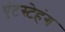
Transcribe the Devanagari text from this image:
एंटस्टेहंग